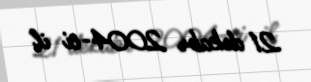
21 dekabr 2004-ci il